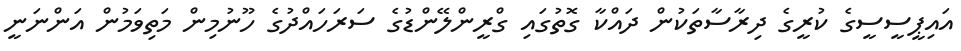
އައިޕީސީސީގެ ކުރީގެ ދިރާސާތަކުން ދައްކާ ގޮތުގައި ގްރީންލޭންޑުގެ ސަރަހައްދުގެ ހޫނުމިން މަތިވަމުން އަންނަނީ